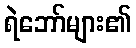
ရဲဘော်များ၏